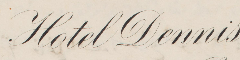
Hotel Dennis